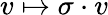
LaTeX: v\mapsto\sigma\cdot v